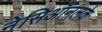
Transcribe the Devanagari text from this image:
नेसिऑनलके